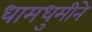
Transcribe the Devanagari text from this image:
धामधुमीने